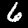
Digit: 6